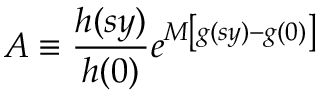
A \equiv { \frac { h ( s y ) } { h ( 0 ) } } e ^ { M \left[ g ( s y ) - g ( 0 ) \right] }